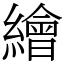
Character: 繪